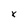
Character: X